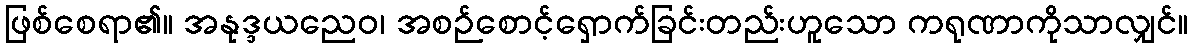
ဖြစ်စေရာ၏။ အနုဒ္ဒယညေဝ၊ အစဉ်စောင့်ရှောက်ခြင်းတည်းဟူသော ကရုဏာကိုသာလျှင်။